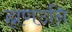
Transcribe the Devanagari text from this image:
ह्मणउनि